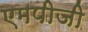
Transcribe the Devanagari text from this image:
एमपीजी